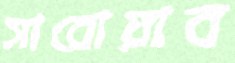
সারোয়াব